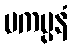
ပကပ္ပနံ